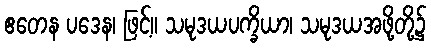
ဧတေန ပဒေန၊ ဖြင့်။ သမုဒယပက္ခိယာ၊ သမုဒယအဖို့တို့၌